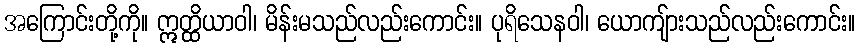
အကြောင်းတို့ကို။ ဣတ္ထိယာဝါ၊ မိန်းမသည်လည်းကောင်း။ ပုရိသေနဝါ၊ ယောကျ်ားသည်လည်းကောင်း။